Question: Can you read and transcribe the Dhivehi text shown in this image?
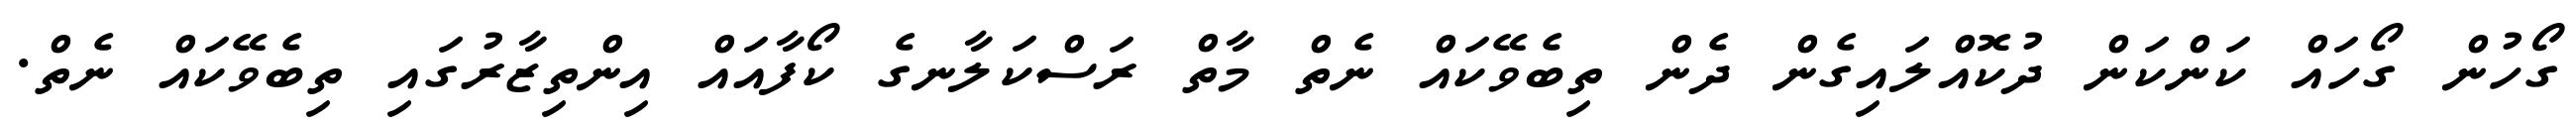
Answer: ގޯހުން ގޯހައް ކަންކަން ދުކޮއްލައިގެން ދެން ތިބެވޭކައް ނެތް މާތް ރަސްކަލާނގެ ކޯފާއައް އިންތިޒާރުގައި ތިބެވޭކައް ނެތް.